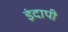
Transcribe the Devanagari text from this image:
इंदापी